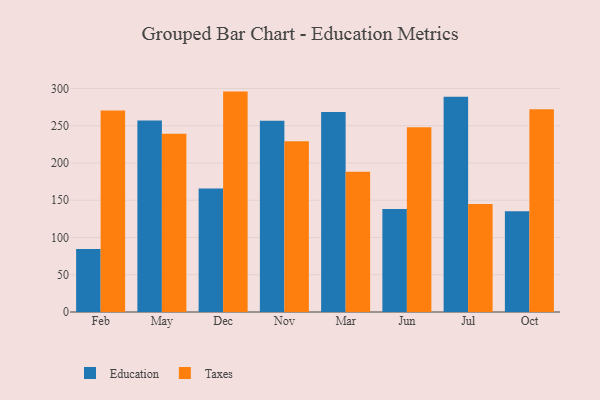
{"axis": {"x": "Month", "y": "Gross Profit (USD K)"}, "legend": ["Education", "Taxes"], "data": [{"x": "Feb", "y": 84.4, "type": "Education"}, {"x": "Feb", "y": 270.5, "type": "Taxes"}, {"x": "May", "y": 257.1, "type": "Education"}, {"x": "May", "y": 239.2, "type": "Taxes"}, {"x": "Dec", "y": 165.7, "type": "Education"}, {"x": "Dec", "y": 295.8, "type": "Taxes"}, {"x": "Nov", "y": 256.7, "type": "Education"}, {"x": "Nov", "y": 229.3, "type": "Taxes"}, {"x": "Mar", "y": 268.3, "type": "Education"}, {"x": "Mar", "y": 188.3, "type": "Taxes"}, {"x": "Jun", "y": 138.1, "type": "Education"}, {"x": "Jun", "y": 248.0, "type": "Taxes"}, {"x": "Jul", "y": 288.9, "type": "Education"}, {"x": "Jul", "y": 144.9, "type": "Taxes"}, {"x": "Oct", "y": 135.3, "type": "Education"}, {"x": "Oct", "y": 272.1, "type": "Taxes"}]}